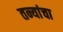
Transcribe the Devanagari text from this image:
तन्यांचा